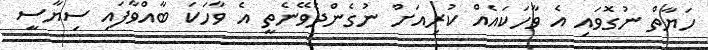
ހަޔާތް ނުގޮވައި އެ ވާހަކައެއް ކުރިއަށް ނުގެންދެވޭނެތީ އެ ވާހަކަ ބާއްވާފައި ސިޔާސީ